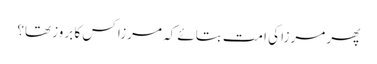
پھر مرزا کی امت بتائے کہ مرزا کس کا بروز تھا؟